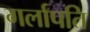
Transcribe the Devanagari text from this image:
गर्लापति